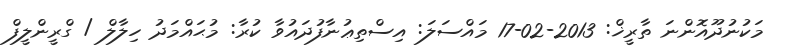
މަކުނުދޫއޮންނަ ތާރީޚް: 2013-02-17 މައްސަލަ: އިސްތިޢުނާފުދައުވާ ކުރާ: މުޙައްމަދު ހިލާލް / ގްރީންލީފް